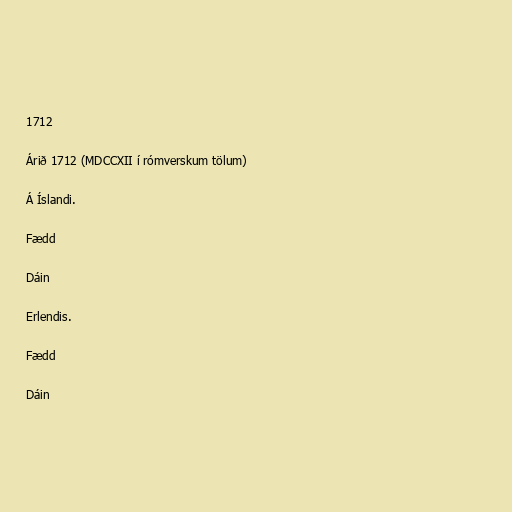
1712

Árið 1712 (MDCCXII í rómverskum tölum)

Á Íslandi.

Fædd

Dáin

Erlendis.

Fædd

Dáin